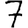
Digit: 7